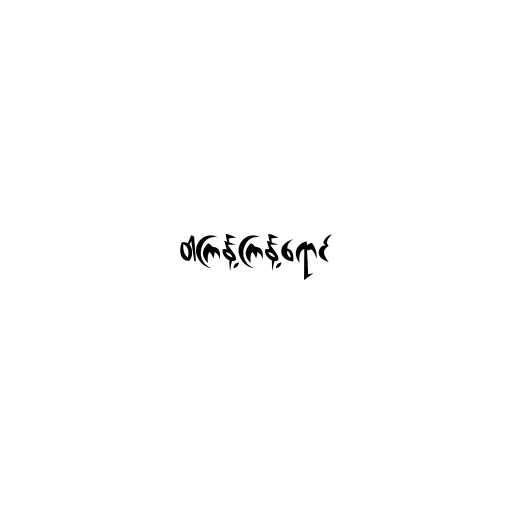
ဝါကြန့်ကြန့်ရောင်